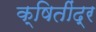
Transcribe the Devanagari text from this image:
क्षितींद्र